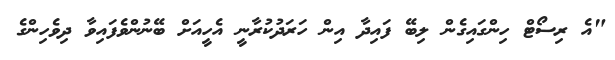
"އެ ރިސޯޓް ހިންގައިގެން ލިބޭ ފައިދާ އިން ހަރަދުކުރާނީ އެހީއަށް ބޭނުންވެފައިވާ ދިވެހިންގެ